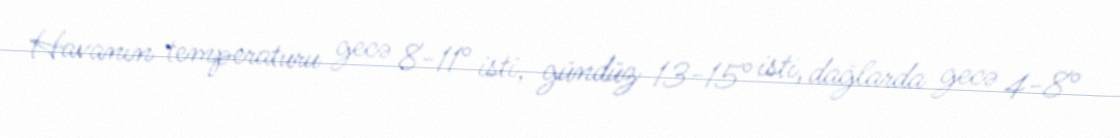
Havanın temperaturu gecə 8-11° isti, gündüz 13-15° isti, dağlarda gecə 4-8°